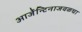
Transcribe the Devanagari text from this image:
आर्जेन्टिनाजवळचा